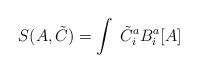
LaTeX: \begin{align*}S(A,{\tilde C})= \int\;{\tilde C}_{i}^{a}B_{i}^{a}[A]\end{align*}